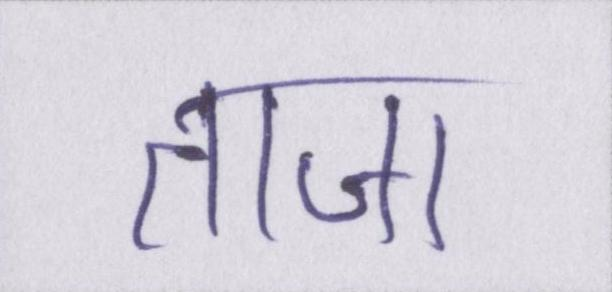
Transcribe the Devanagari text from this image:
ताजा